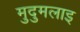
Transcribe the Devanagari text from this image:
मुदुमलाइ